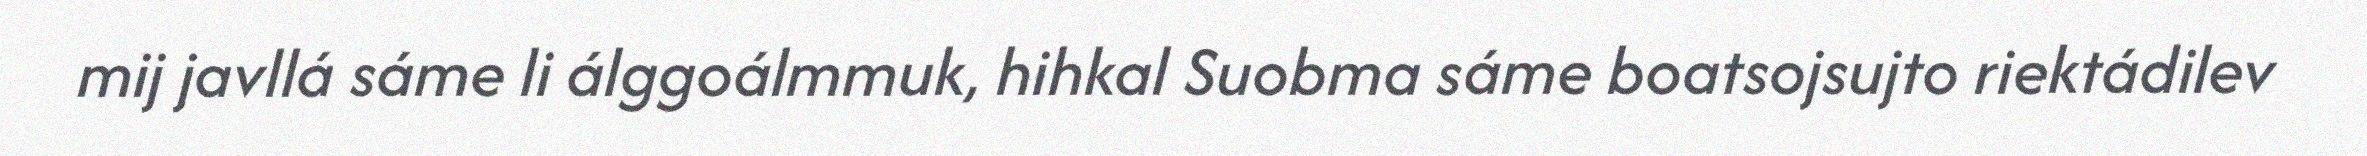
mij javllá sáme li álggoálmmuk, hihkal Suobma sáme boatsojsujto riektádilev